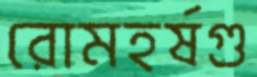
রোমহর্ষগু